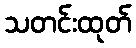
သတင်းထုတ်